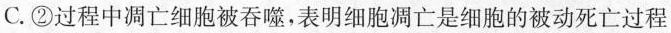
C.②过程中凋亡细胞被吞噬，表明细胞凋亡是细胞的被动死亡过程